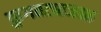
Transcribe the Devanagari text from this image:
फुगवट्याजवळ